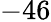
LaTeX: -46